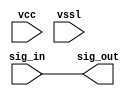
// SPDX-License-Identifier: Apache-2.0
// Copyright (C) 2019 Intel Corporation. 
// Library - aibcr_lib, Cell - aibcr_signal_buf, View - schematic
// LAST TIME SAVED: May 13 16:16:28 2015
// NETLIST TIME: Jun  3 08:29:49 2015
// `timescale 1ns / 1ns 

module aibcr3_signal_buf ( sig_out, sig_in, vcc, vssl );

output  sig_out;

input  sig_in, vcc, vssl;

wire sig_out, sig_in;


// specify 
//     specparam CDS_LIBNAME  = "aibcr_lib";
//     specparam CDS_CELLNAME = "aibcr_signal_buf";
//     specparam CDS_VIEWNAME = "schematic";
// endspecify

assign sig_out = sig_in;

endmodule